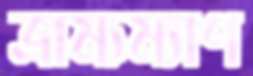
ভ্রাম্যম্যাণ